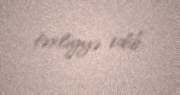
təxliyyə edib.